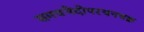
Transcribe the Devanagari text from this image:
समचभेदोपरचनचक्र